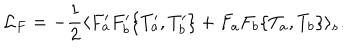
{ \cal L } _ { F } = - \frac { 1 } { 2 } \langle F _ { a } ^ { \prime } F _ { b } ^ { \prime } \{ T _ { a } ^ { \prime } , T _ { b } ^ { \prime } \} + F _ { a } F _ { b } \{ T _ { a } , T _ { b } \} \rangle _ { s } .